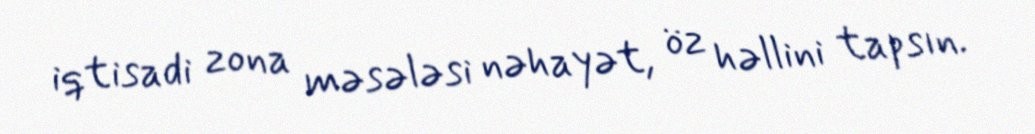
iqtisadi zona məsələsi nəhayət, öz həllini tapsın.